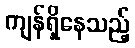
ကျန်ရှိနေသည့်